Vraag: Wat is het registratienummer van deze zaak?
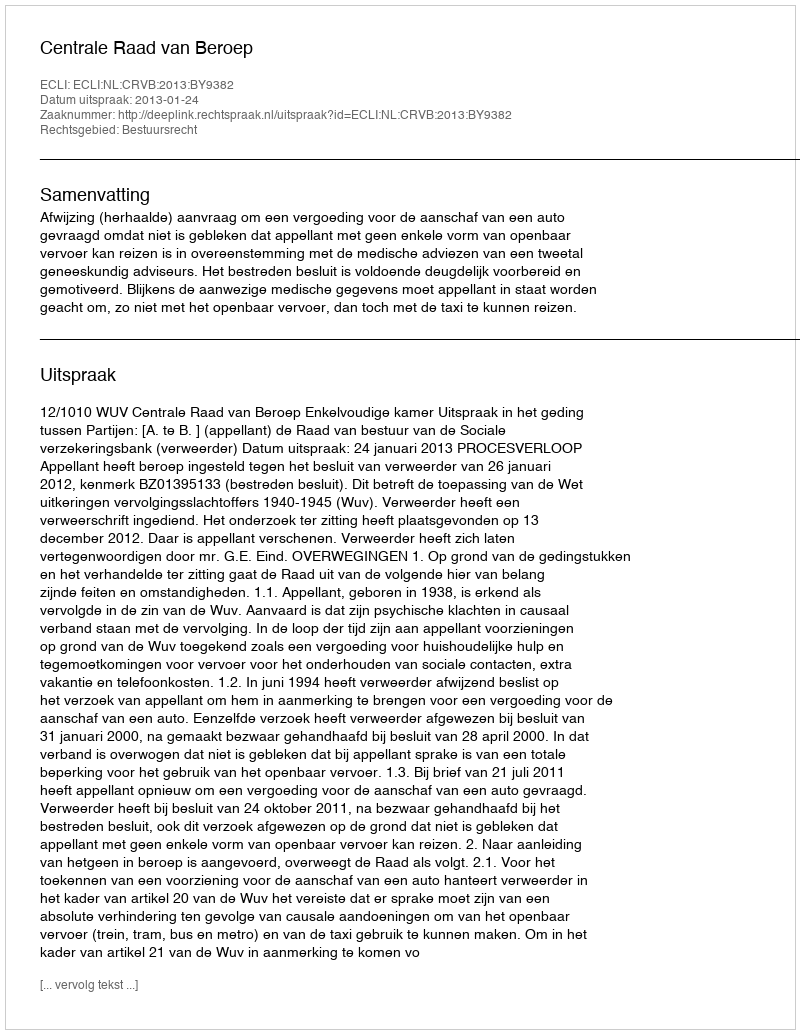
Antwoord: http://deeplink.rechtspraak.nl/uitspraak?id=ECLI:NL:CRVB:2013:BY9382